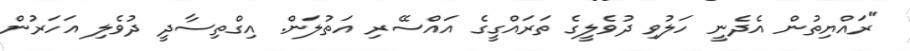
"ރައްޔިތުން އެދެނީ ހަލުވި ދުވެލީގެ ތަރައްގީގެ އައްސޭރި އަތުލަން. އިގްތިސާދީ ދުވެލި އަހަރުން